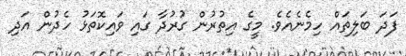
ފަދަ ބަލިތައް ހިމެނެއެވެ. މީގެ އިތުރުން ގުރުދާ ގައި ވައިކޮތަޅު ހެދުން އަދި